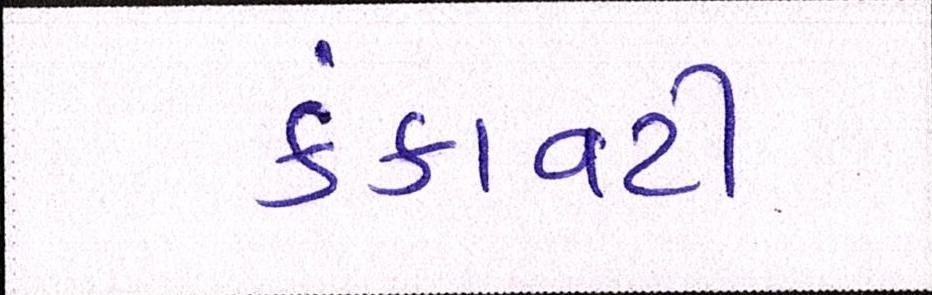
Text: કંકાવટી